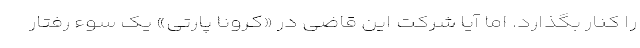
را کنار بگذارد. اما آیا شرکت این قاضی در «کرونا پارتی» یک سوء رفتار